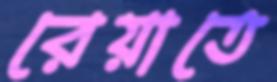
রেয়াতে